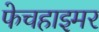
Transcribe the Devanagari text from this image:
फेचहाइमर